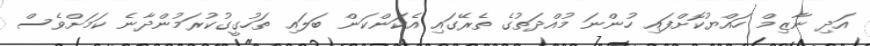
އަދި ނާޒިމް ހައްޔުކޮށްފައި ހުންނަ މުއްދަތުގެ ތެރޭގައި އެކަންކަން ބަލައި ތަހުގީގުކުރަމުންދާނެ ކަމަށްވެސް